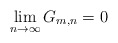
\begin{align*} \lim_{n\to\infty} G_{m,n} = 0 \end{align*}